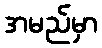
အမည်မှာ